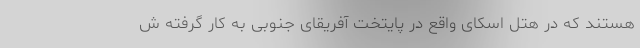
هستند که در هتل اسکای واقع در پایتخت آفریقای جنوبی به کار گرفته ش